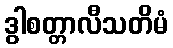
ဒွါစတ္တာလီသတိမံ